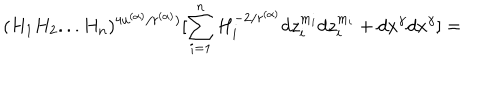
( H _ { 1 } H _ { 2 } . . . H _ { n } ) ^ { 4 u ^ { ( \alpha ) } / r ^ { ( \alpha ) } ) } [ \sum _ { i = 1 } ^ { n } H _ { i } ^ { - 2 / r ^ { ( \alpha ) } } d z _ { i } ^ { m _ { i } } d z _ { i } ^ { m _ { i } } + d x ^ { \gamma } d x ^ { \gamma } ] =